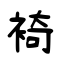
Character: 裿